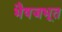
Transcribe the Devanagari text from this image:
भैषजभूत